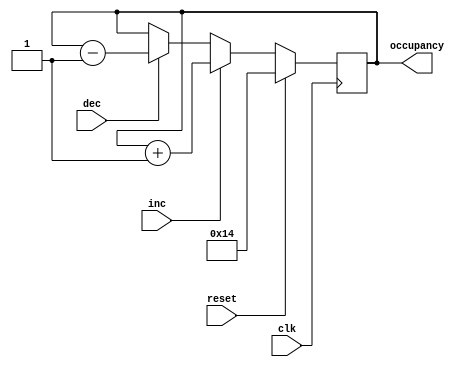

 module counter(
 
   input wire clk, reset,
 
   input wire inc, dec,
   
   output reg [7:0] occupancy
  
  );
	
	
	
reg [7:0] count = 8'b00010100;
	
	always@(posedge clk) begin

		if (reset)
		
	count <= 8'b00010100;
		
else if (inc)
			
count <= count + 1'b1;
		
else if (dec)
			
count <= count - 1'b1;

	end
	
	
always @* begin
	
	occupancy = count;
	
end
	

endmodule